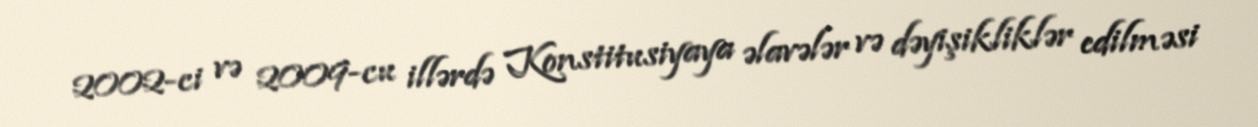
2002-ci və 2009-cu illərdə Konstitusiyaya əlavələr və dəyişikliklər edilməsi